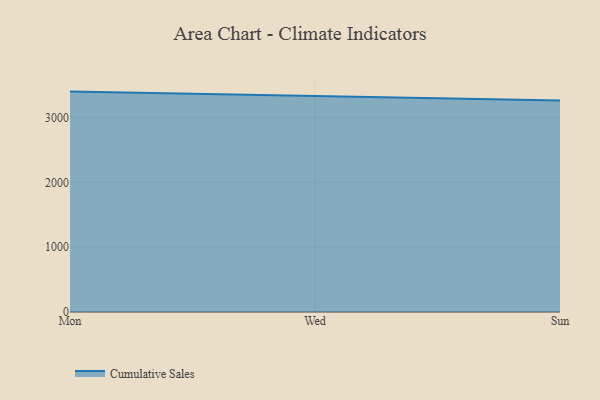
{"axis": {"x": "Day", "y": "Conversion Rate (%)"}, "legend": ["Cumulative Sales"], "data": [{"x": "Mon", "y": 3402.3, "type": "Cumulative Sales"}, {"x": "Wed", "y": 3334.7, "type": "Cumulative Sales"}, {"x": "Sun", "y": 3266.5, "type": "Cumulative Sales"}]}